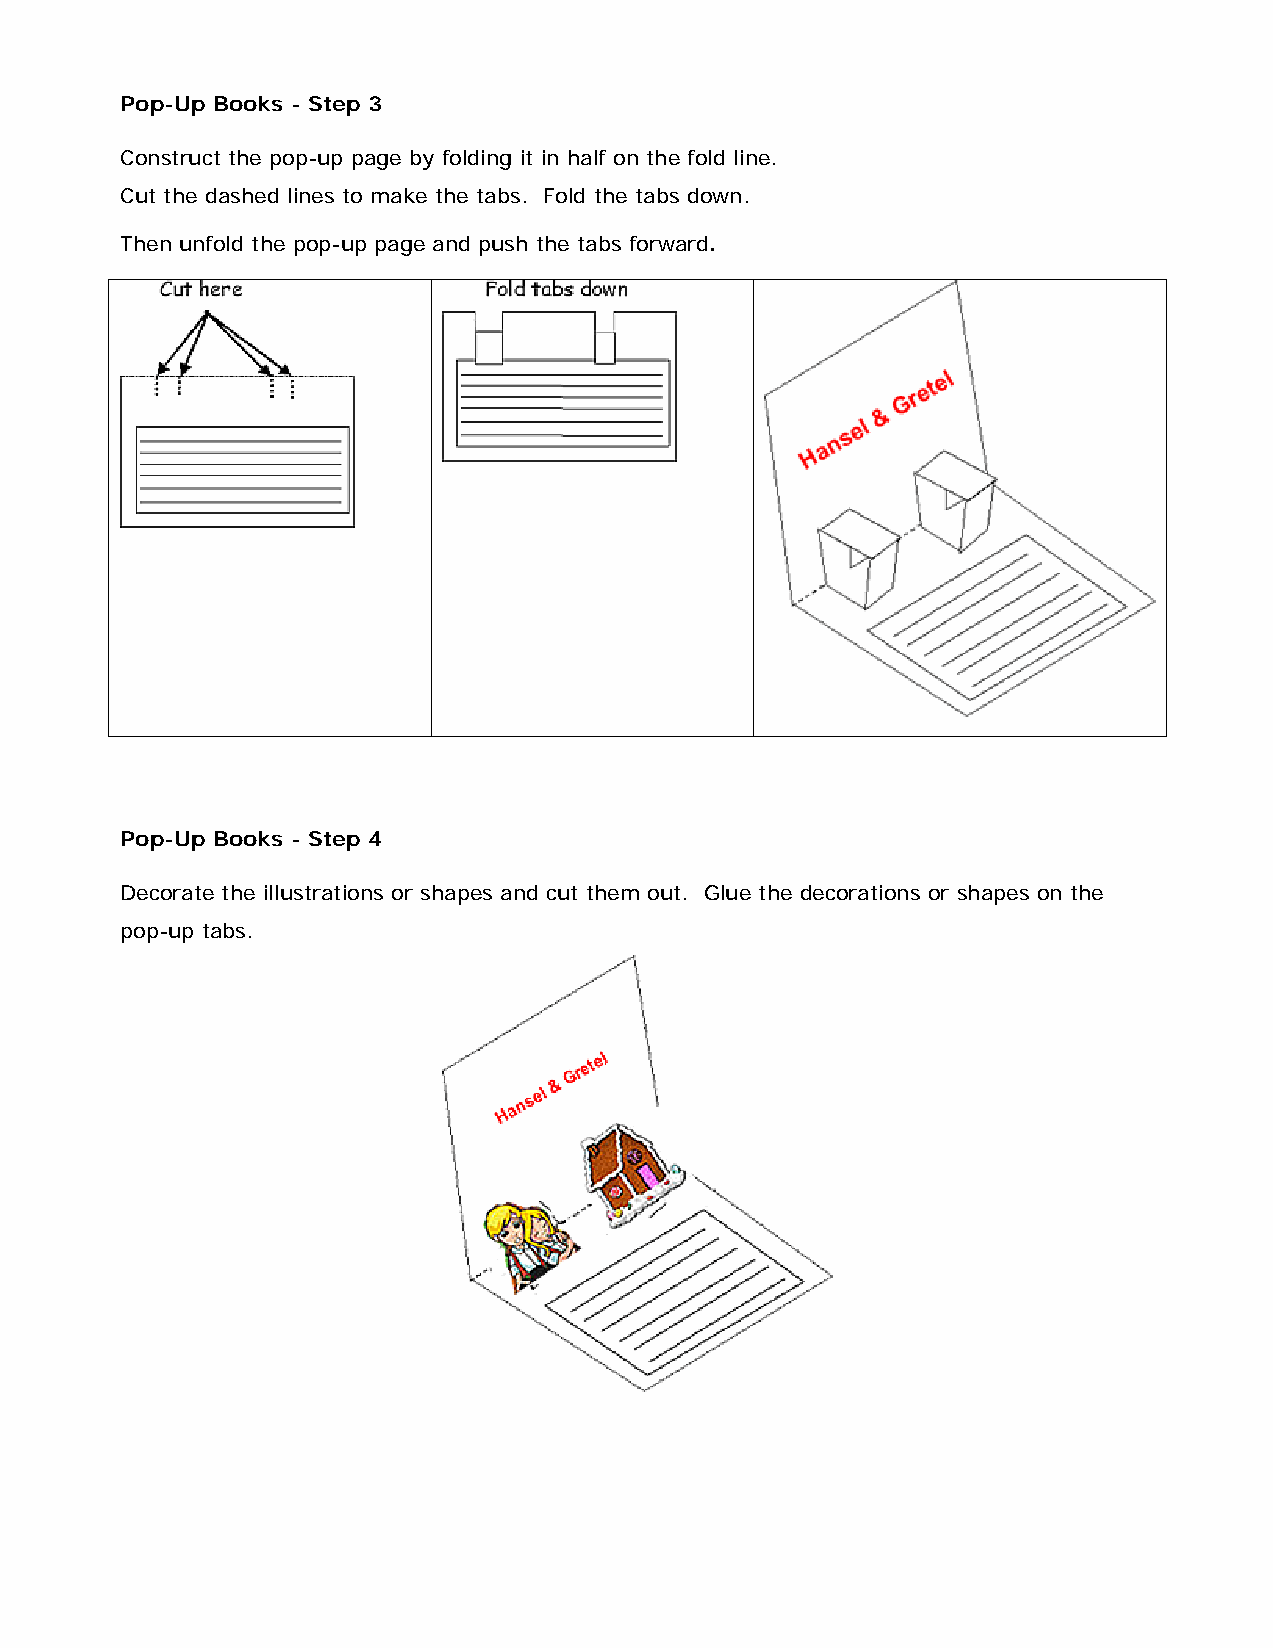
Pop-Up Books - Step 3
 Construct the pop-up page by folding it in half on the fold line.
 Cut the dashed lines to make the tabs. Fold the tabs down.
 Then unfold the pop-up page and push the tabs forward.
 Pop-Up Books - Step 4
 Decorate the illustrations or shapes and cut them out. Glue the decorations or shapes on the
 pop-up tabs.